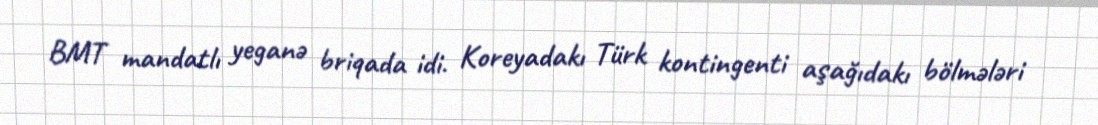
BMT mandatlı yeganə briqada idi. Koreyadakı Türk kontingenti aşağıdakı bölmələri